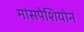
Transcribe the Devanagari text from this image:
मांसपेशियोनं